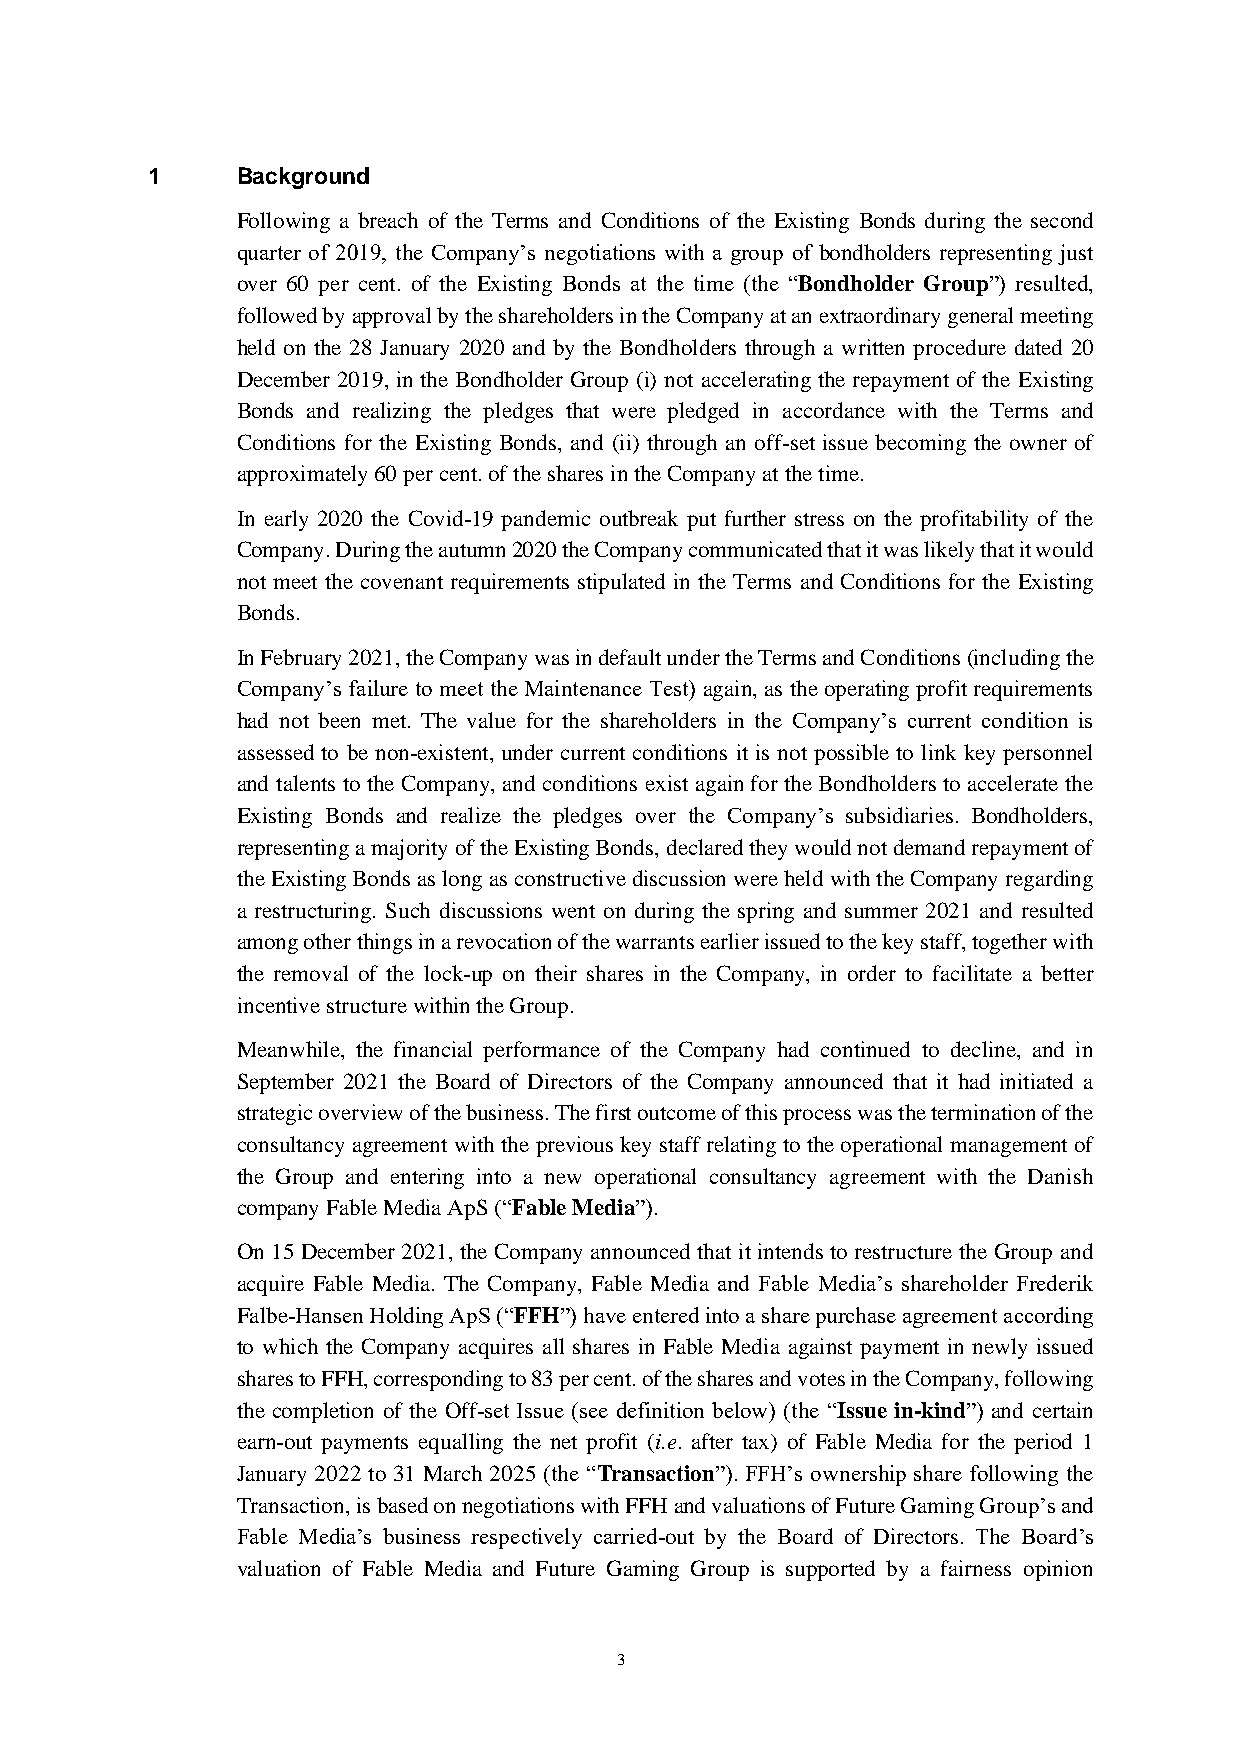
1     Background
 Following a breach of the Terms and Conditions of the Existing Bonds during the second
 quarter of 2019, the Company’s negotiations with a group of bondholders representing just
 over 60 per cent. of the Existing Bonds at the time (the “Bondholder Group”) resulted,
 followed by approval by the shareholders in the Company at an extraordinary general meeting
 held on the 28 January 2020 and by the Bondholders through a written procedure dated 20
 December 2019, in the Bondholder Group (i) not accelerating the repayment of the Existing
 Bonds and realizing the pledges that were pledged in accordance with the Terms and
 Conditions for the Existing Bonds, and (ii) through an off-set issue becoming the owner of
 approximately 60 per cent. of the shares in the Company at the time.
 In early 2020 the Covid-19 pandemic outbreak put further stress on the profitability of the
 Company. During the autumn 2020 the Company communicated that it was likely that it would
 not meet the covenant requirements stipulated in the Terms and Conditions for the Existing
 Bonds.
 In February 2021, the Company was in default under the Terms and Conditions (including the
 Company’s failure to meet the Maintenance Test) again, as the operating profit requirements
 had not been met. The value for the shareholders in the Company’s current condition is
 assessed to be non-existent, under current conditions it is not possible to link key personnel
 and talents to the Company, and conditions exist again for the Bondholders to accelerate the
 Existing Bonds and realize the pledges over the Company’s subsidiaries. Bondholders,
 representing a majority of the Existing Bonds, declared they would not demand repayment of
 the Existing Bonds as long as constructive discussion were held with the Company regarding
 a restructuring. Such discussions went on during the spring and summer 2021 and resulted
 among other things in a revocation of the warrants earlier issued to the key staff, together with
 the removal of the lock-up on their shares in the Company, in order to facilitate a better
 incentive structure within the Group.
 Meanwhile, the financial performance of the Company had continued to decline, and in
 September 2021 the Board of Directors of the Company announced that it had initiated a
 strategic overview of the business. The first outcome of this process was the termination of the
 consultancy agreement with the previous key staff relating to the operational management of
 the Group and entering into a new operational consultancy agreement with the Danish
 company Fable Media ApS (“Fable Media”).
 On 15 December 2021, the Company announced that it intends to restructure the Group and
 acquire Fable Media. The Company, Fable Media and Fable Media’s shareholder Frederik
 Falbe-Hansen Holding ApS (“FFH”) have entered into a share purchase agreement according
 to which the Company acquires all shares in Fable Media against payment in newly issued
 shares to FFH, corresponding to 83 per cent. of the shares and votes in the Company, following
 the completion of the Off-set Issue (see definition below) (the “Issue in-kind”) and certain
 earn-out payments equalling the net profit (i.e. after tax) of Fable Media for the period 1
 January 2022 to 31 March 2025 (the “Transaction”). FFH’s ownership share following the
 Transaction, is based on negotiations with FFH and valuations of Future Gaming Group’s and
 Fable Media’s business respectively carried-out by the Board of Directors. The Board’s
 valuation of Fable Media and Future Gaming Group is supported by a fairness opinion
 3